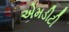
એમડીટી